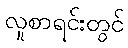
လူစာရင်းတွင်